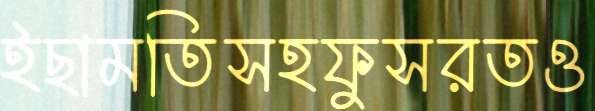
ইছামতিসহফুসরতও